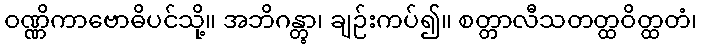
ဝဏ္ဏိကာဗောဓိပင်သို့။ အဘိဂန္တွာ၊ ချဉ်းကပ်၍။ စတ္တာလီသတတ္ထဝိတ္ထတံ၊